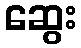
ဆွေး